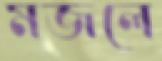
মজলে